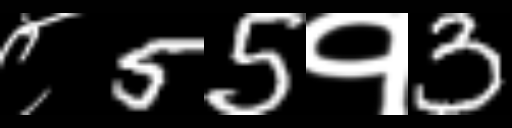
Text: ८55१3